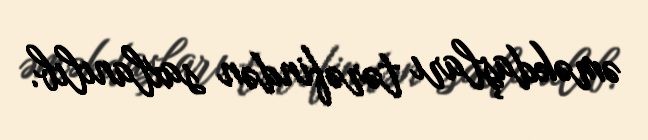
əməkdaşları tərəfindən saxlanılıb.